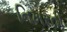
નિખરતી